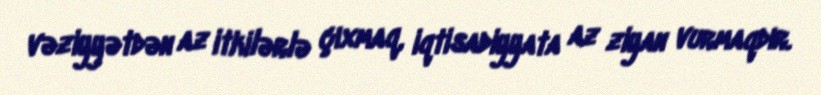
vəziyyətdən az itkilərlə çıxmaq, iqtisadiyyata az ziyan vurmaqdır.